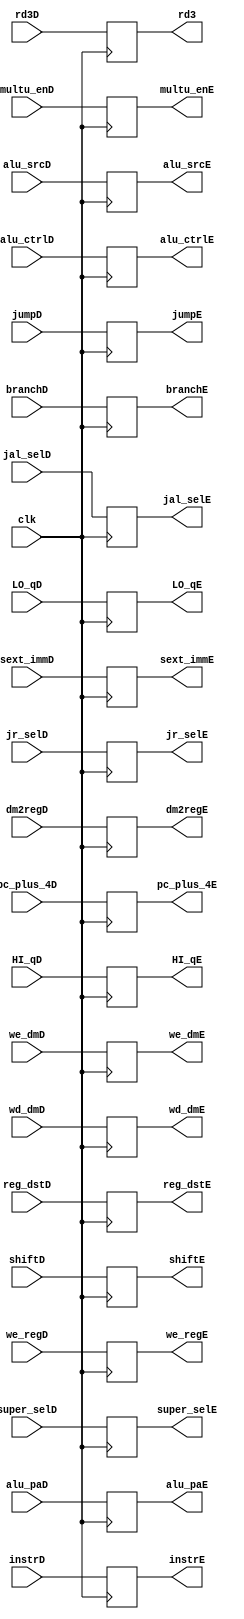
module ID_stage(
        input wire clk,
        input wire multu_enD,
        input wire jr_selD,
        input wire shiftD,
        input wire [1:0] super_selD,
        input wire [2:0] alu_ctrlD,
        input wire alu_srcD,
        input wire branchD,
        input wire dm2regD,
        input wire jumpD,
        input wire [1:0] reg_dstD,
        input wire we_dmD,
        input wire jal_selD,
        input wire we_regD,
        input wire [31:0] pc_plus_4D,
        input wire [31:0] alu_paD,
        input wire [31:0] wd_dmD,
        input wire [31:0] rd3D,
        input wire [31:0] instrD,
        input wire [31:0] sext_immD,
        input wire [31:0] HI_qD,
        input wire [31:0] LO_qD,
        
          
        output reg multu_enE,
        output reg jr_selE,
        output reg shiftE,
        output reg [1:0] super_selE,
        output reg [2:0] alu_ctrlE,
        output reg alu_srcE,
        output reg branchE,
        output reg dm2regE,
        output reg jumpE,
        output reg [1:0] reg_dstE,
        output reg we_dmE,
        output reg jal_selE,
        output reg we_regE,
        output reg [31:0] pc_plus_4E,
        output reg [31:0] alu_paE,
        output reg [31:0] wd_dmE,
        output reg [31:0] rd3,
        output reg [31:0] instrE,
        output reg [31:0] sext_immE,
        output reg [31:0] HI_qE,
        output reg [31:0] LO_qE
           
    );
    
    always@(posedge clk)
    begin
        //Control signals
        multu_enE <= multu_enD;
        jr_selE <= jr_selD;
        shiftE <= shiftD;
        super_selE <= super_selD;
        alu_ctrlE <= alu_ctrlD;
        alu_srcE <= alu_srcD;
        branchE <= branchD;
        dm2regE <= dm2regD;
        jumpE <= jumpD;
        reg_dstE <= reg_dstD;
        we_dmE <= we_dmD;
        jal_selE <= jal_selD;
        we_regE <= we_regD;
        
        //DP signals
        pc_plus_4E <= pc_plus_4D;
        alu_paE <= alu_paD;
        wd_dmE <= wd_dmD;
        rd3 <= rd3D;
        instrE <= instrD;
        sext_immE <= sext_immD;
        HI_qE <= HI_qD;
        LO_qE <= LO_qD;
    end
endmodule